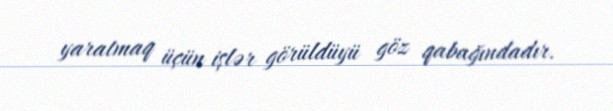
yaratmaq üçün işlər görüldüyü göz qabağındadır.